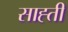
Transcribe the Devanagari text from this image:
साह्ती